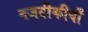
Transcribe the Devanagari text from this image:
नजदीकीयाँ